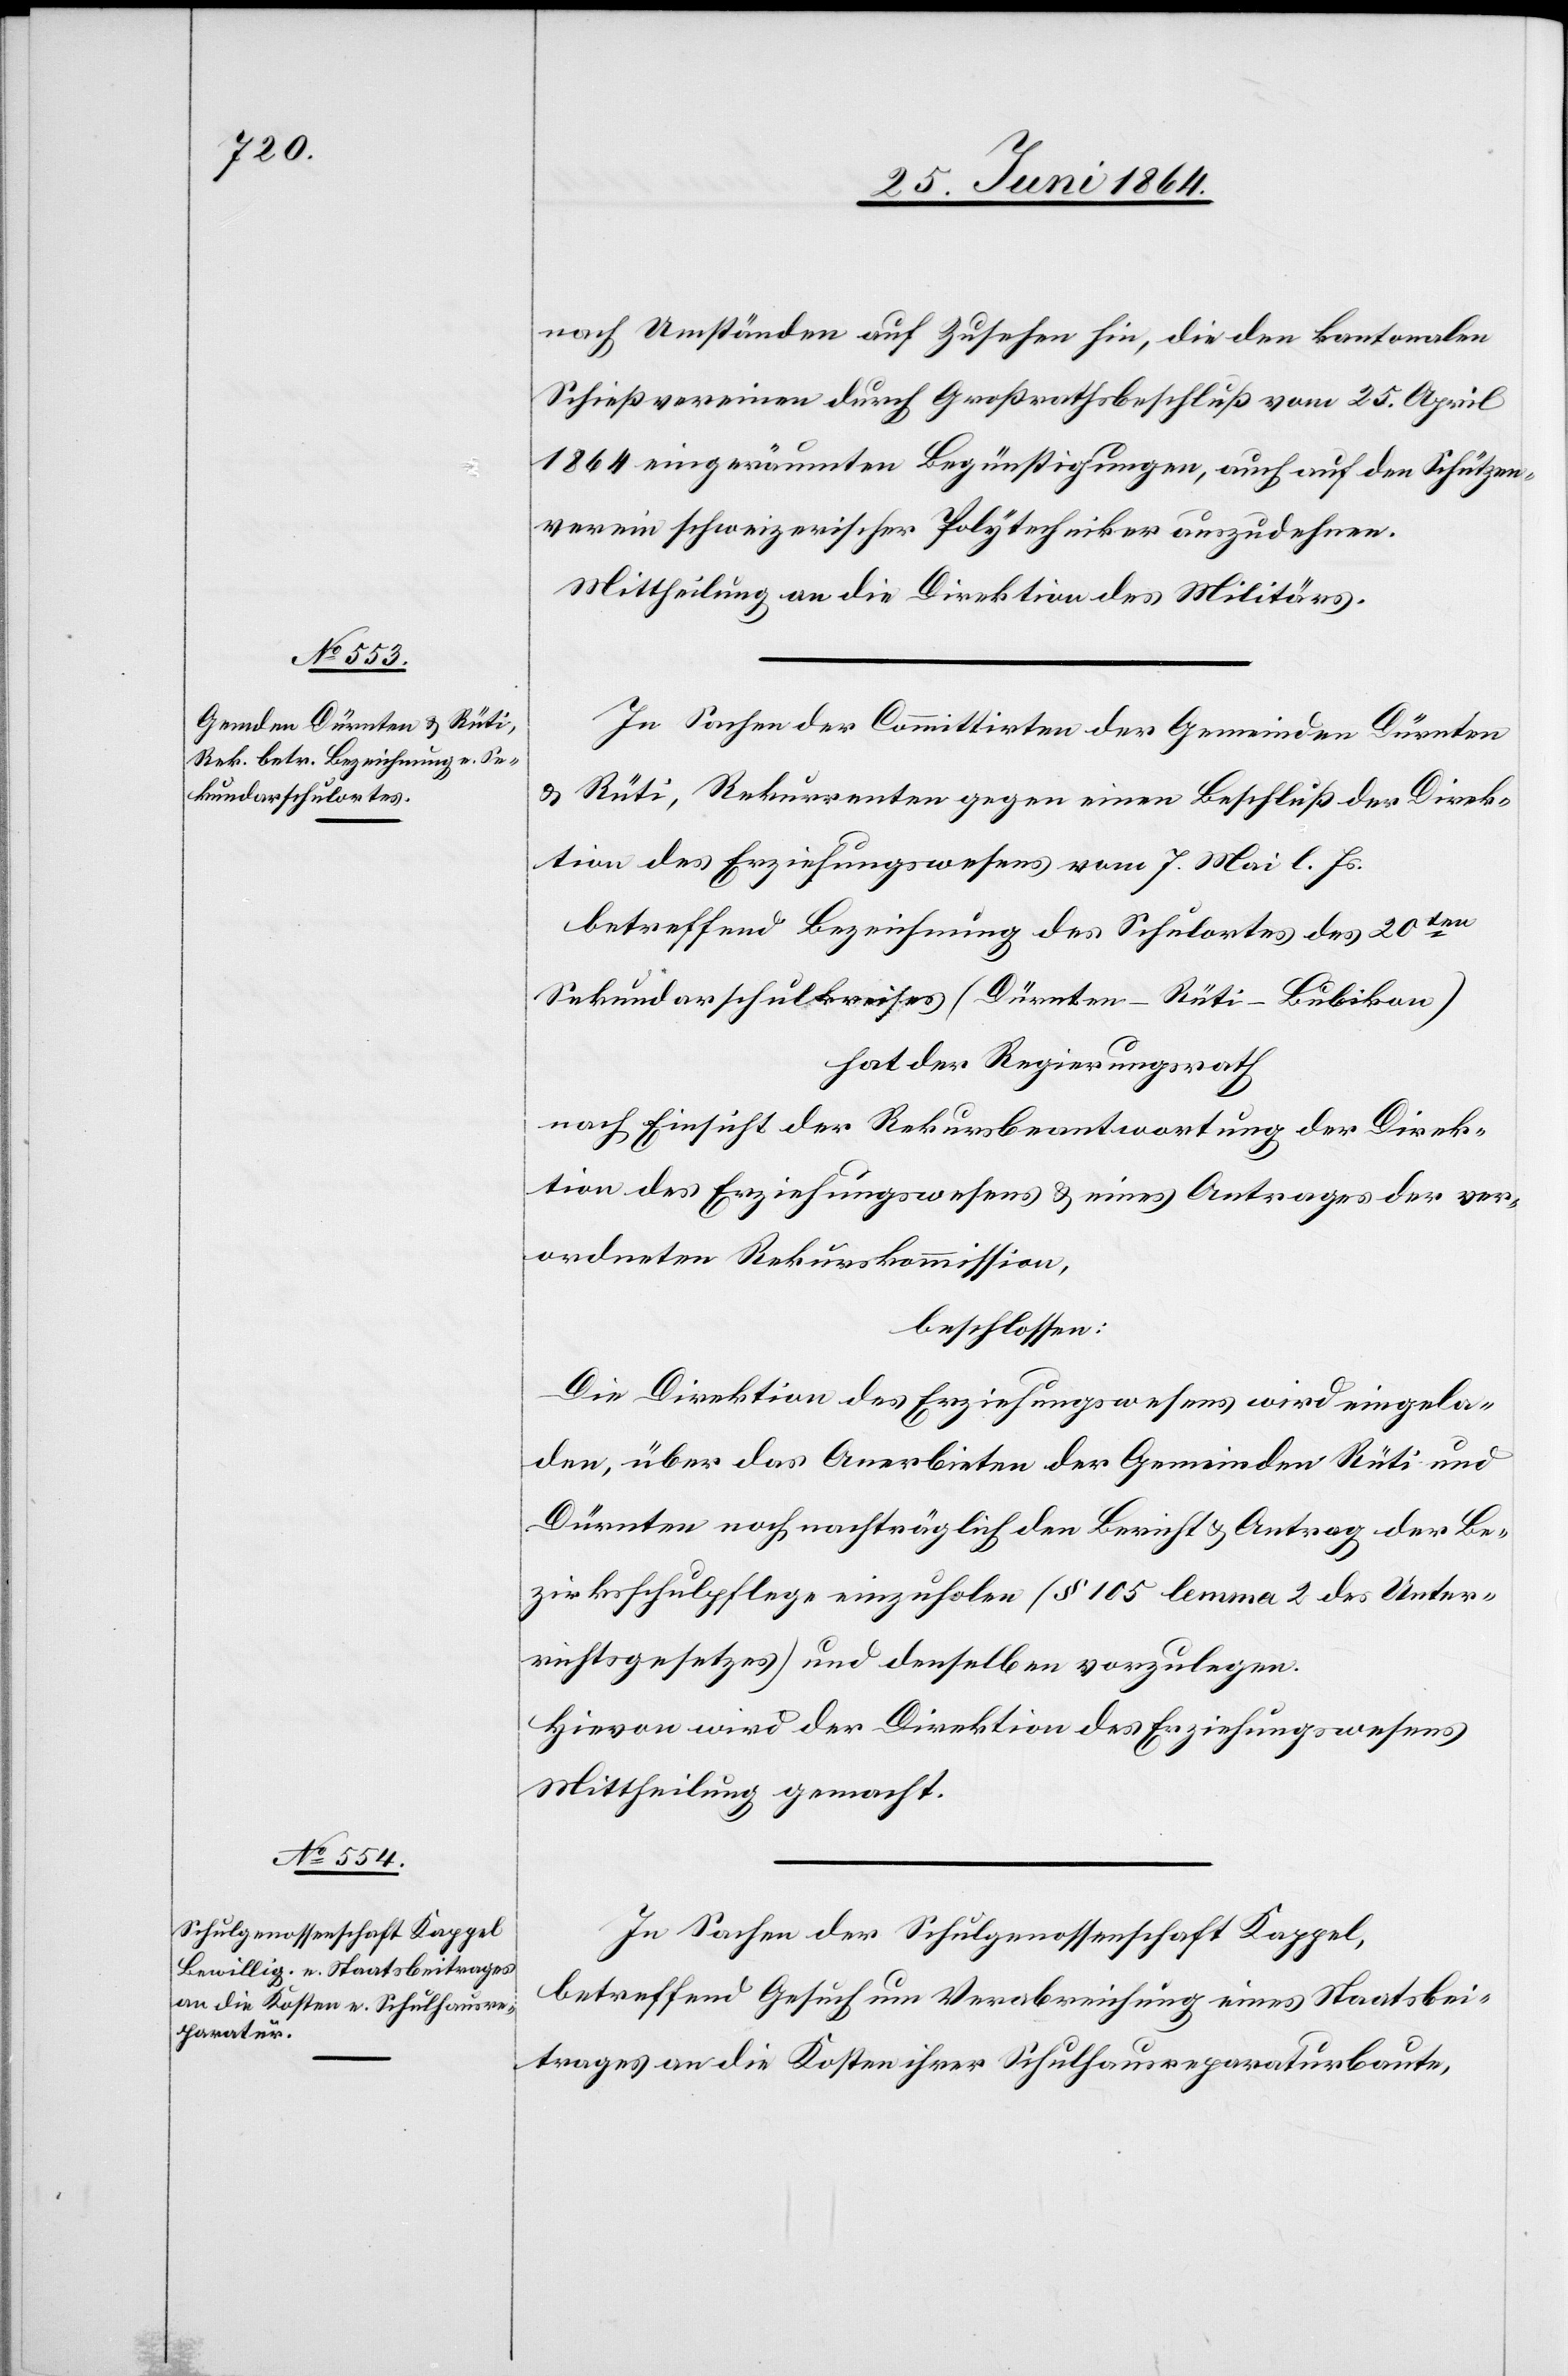
re¬

nach Umständen auf Zusehen hin, die den kantonalen
Schießvereinen durch Großrathsbeschluß vom 25. April
1864 eingeräumten Begünstigungen, auch auf den Schützen¬
verein schweizerischer Polytechniker auszudehnen.
Mittheilung an die Direktion des Militärs.
In Sachen der Committirten der Gemeinden Dürnten
u. Rüti, Rekurrenten gegen einen Beschluß der Direk¬
tion des Erziehungswesens vom 7. Mai l. Js.
betreffend Bezeichnung des Schulortes des 20ten
Sekundarschulkreises (Dürnten–Rüti–Bubikon)
hat der Regierungsrath
ktion des Erziehungswesens u. eines Antrages der ver¬
ordneten Rekurskommission,
beschlossen:
Die Direktion des Erziehungswesens wird eingela¬
den, über das Anerbieten der Gemeinden Rüti und
Dürnten noch nachträglich den Bericht u. Antrag der Be¬
zirksschulpflege einzuholen (§ 105 lemma 2 des Unter¬
richtsgesetzes) und denselben vorzulegen.
Hievon wird der Direktion des Erziehungswesens
Mittheilung gemacht.
In Sachen der Schulgenossenschaft Kappel,
betreffend Gesuch um Verabreichung eines Staatsbei¬
trages an die Kosten ihrer Schulhausreparaturbaute,